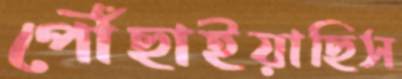
পৌঁছাইয়াছিস